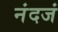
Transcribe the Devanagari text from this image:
नंदजं